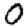
Digit: 0